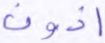
أذون